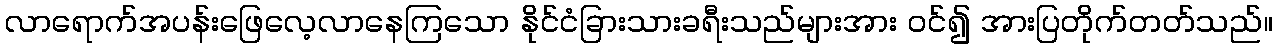
လာရောက်အပန်းဖြေလေ့လာနေကြသော နိုင်ငံခြားသားခရီးသည်များအား ဝင်၍ အားပြတိုက်တတ်သည်။